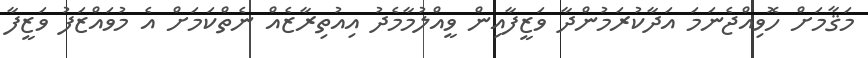
މަޤާމަށް ހޮވިއްޖެނަމަ އަދާކުރަމުންދާ ވަޒީފާއިން ވީއްލުމާމެދު އިއުތިރާޒެއް ނެތްކަމަށް އެ މުވައްޒަފު ވަޒީފާ